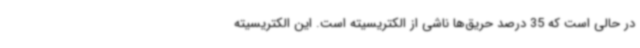
در حالی است که 35 درصد حریق‌ها ناشی از الکتریسیته است. این الکتریسیته